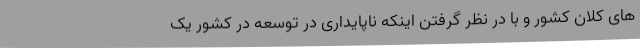
های کلان کشور و با در نظر گرفتن اینکه ناپایداری در توسعه در کشور یک